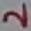
Text: 2